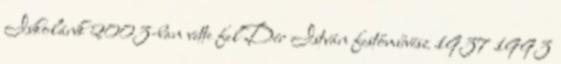
Iskolánk 2003-ban vette fel Dér István festőművész 1937 1993